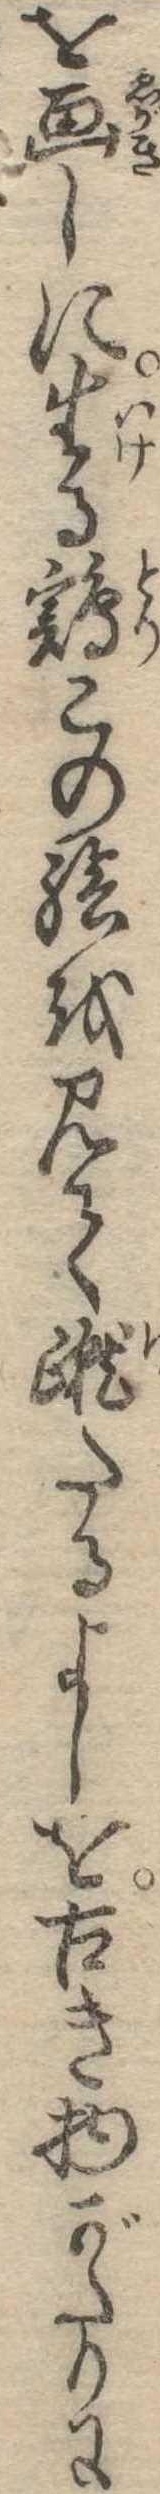
を画しに生る鶏この絵を見て蹴たるよしを古き物がたりに